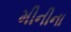
મીનીના